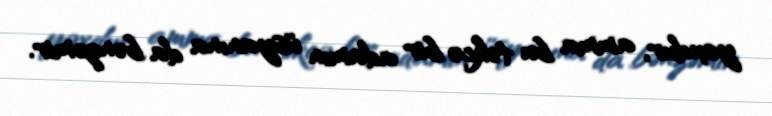
yoxdur, amma bu təkcə bir adamın üsyanına da bənzəmir.